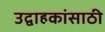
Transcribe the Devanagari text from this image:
उद्वाहकांसाठी